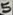
Text: 5